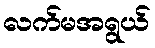
လက်မအရွယ်